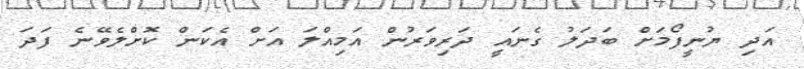
އަދި ޔުނީފޯމަށް ބަދަލު ގެނައީ ދަރިވަރުން އަމިއްލަ އަށް އެކަން ކޮށްލެވޭނެ ފަދަ